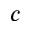
c